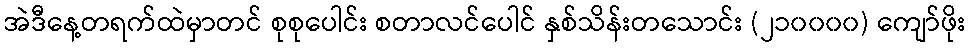
အဲဒီနေ့တရက်ထဲမှာတင် စုစုပေါင်း စတာလင်ပေါင် နှစ်သိန်းတသောင်း (၂၁၀၀၀၀) ကျော်ဖိုး